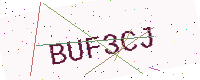
Text: BUF3CJ